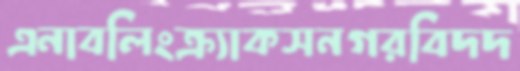
এনাবলিংক্র্যাকসনগরবিদদ